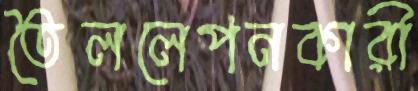
তৈললেপনকারী